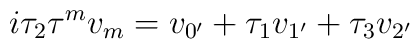
i\tau _2\tau ^mv_m=v_{0^{\prime }}+\tau _1v_{1^{\prime }}+\tau_3v_{2^{\prime }}